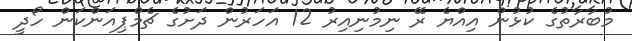
މުބާރާތުގެ ކުޅުން އިއްޔެ ރޭ ނިމުނިއިރު 12 އަހަރުން ދަށުގެ ޗެމްޕިއަންކަން ހޯދީ